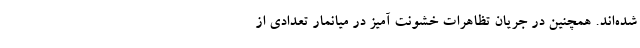
شده‌اند. همچنین در جریان تظاهرات خشونت آمیز در میانمار تعدادی از